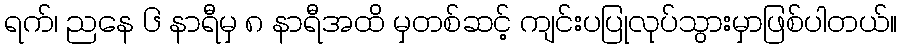
ရက်၊ ညနေ ၆ နာရီမှ ၈ နာရီအထိ မှတစ်ဆင့် ကျင်းပပြုလုပ်သွားမှာဖြစ်ပါတယ်။